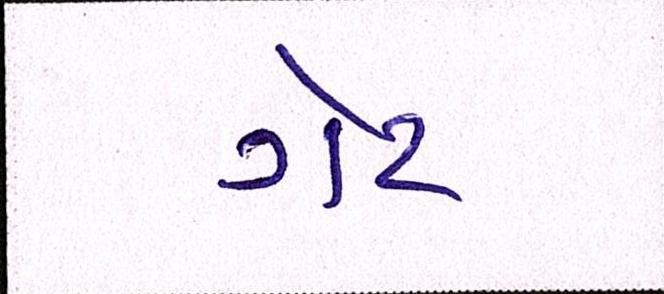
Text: ગેટ